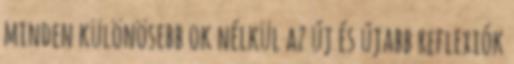
minden különösebb ok nélkül az új és újabb reflexiók